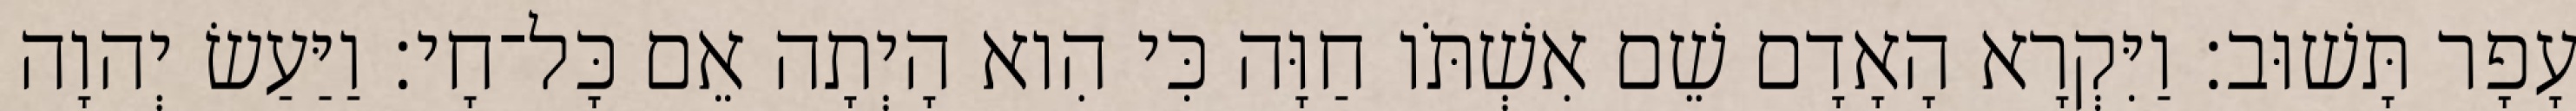
עָפָר תָּשׁוּב׃ וַיִּקְרָא הָאָדָם שֵׁם אִשְׁתֹּו חַוָּה כִּי הִוא הָיְתָה אֵם כָּל־חָי׃ וַיַּעַשׂ יְהוָה